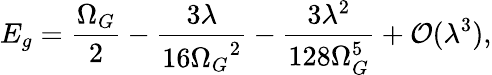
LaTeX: E_{g}=\frac{\Omega_{G}}{2}-\frac{3\lambda}{16{\Omega_{G}}^{2}}-\frac{3\lambda^{2}}{128\Omega_{G}^{5}}+{\cal O}(\lambda^{3}),